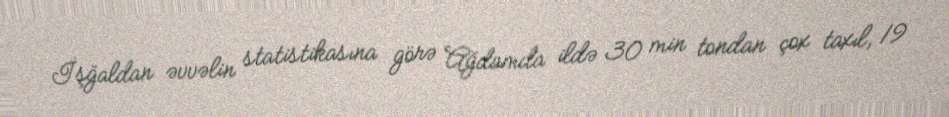
İşğaldan əvvəlin statistikasına görə Ağdamda ildə 30 min tondan çox taxıl, 19